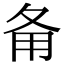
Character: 𤰅